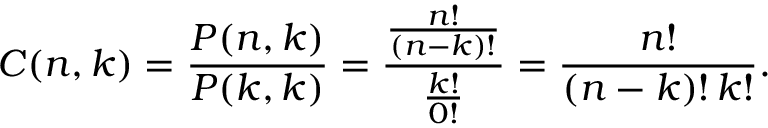
C ( n , k ) = { \frac { P ( n , k ) } { P ( k , k ) } } = { \frac { \frac { n ! } { ( n - k ) ! } } { \frac { k ! } { 0 ! } } } = { \frac { n ! } { ( n - k ) ! \, k ! } } .